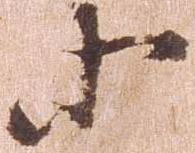
等